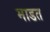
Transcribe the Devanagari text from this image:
माडत